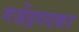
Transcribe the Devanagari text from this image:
गजेंद्रगदकर